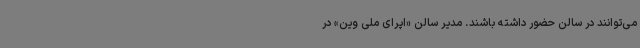
می‌توانند در سالن حضور داشته باشند. مدیر سالن «اپرای ملی وین»‌ در